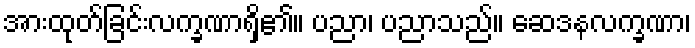
အားထုတ်ခြင်းလက္ခဏာရှိ၏။ ပညာ၊ ပညာသည်။ ဆေဒနလက္ခဏာ၊